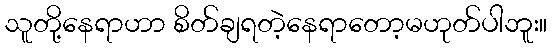
သူတို့နေရာဟာ စိတ်ချရတဲ့နေရာတော့မဟုတ်ပါဘူး။